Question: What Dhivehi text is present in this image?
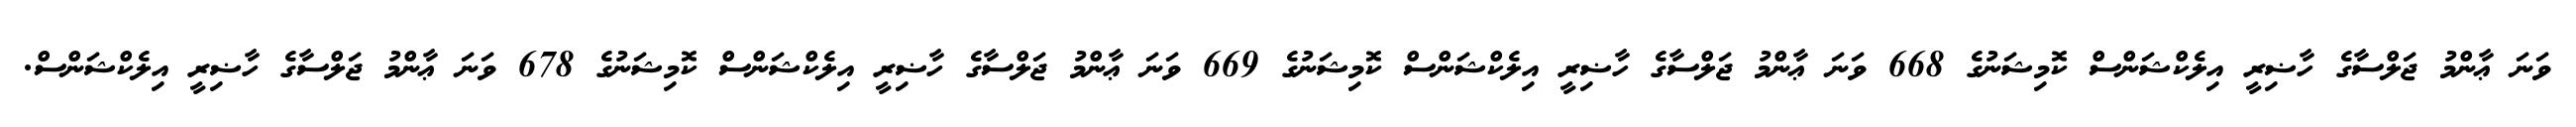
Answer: ވަނަ ޢާންމު ޖަލްސާގެ ހާޟިރީ އިލެކްޝަންސް ކޮމިޝަނުގެ 668 ވަނަ ޢާންމު ޖަލްސާގެ ހާޟިރީ އިލެކްޝަންސް ކޮމިޝަނުގެ 669 ވަނަ ޢާންމު ޖަލްސާގެ ހާޟިރީ އިލެކްޝަންސް ކޮމިޝަނުގެ 678 ވަނަ ޢާންމު ޖަލްސާގެ ހާޟިރީ އިލެކްޝަންސް.